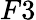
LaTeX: F3